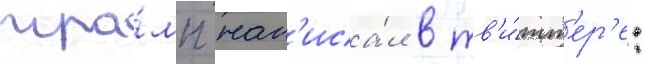
тра́мп нап'иса́л в тв'и́тт'ер'е: